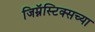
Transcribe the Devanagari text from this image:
जिम्नॅस्टिक्सच्या